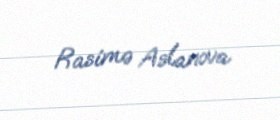
Rasimə Aslanova